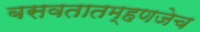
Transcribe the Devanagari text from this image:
बसवतातम्हणजेच